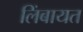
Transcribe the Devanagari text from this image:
लिंबायत